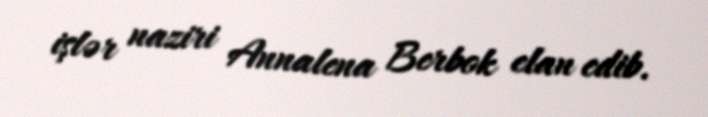
işlər naziri Annalena Berbok elan edib.